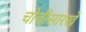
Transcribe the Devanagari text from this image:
चोचीसारखे